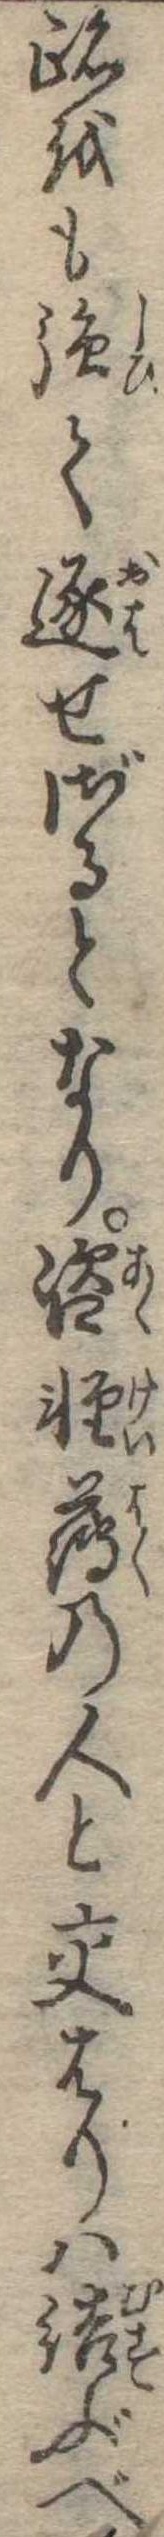
跡をも強て逐せざるとなり咨軽薄の人と交はりは結ぶべ